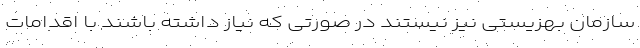
سازمان بهزیستی نیز نیستند در صورتی که نیاز داشته باشند با اقدامات